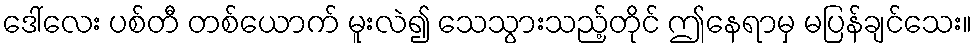
ဒေါ်လေး ပစ်တီ တစ်ယောက် မူးလဲ၍ သေသွားသည့်တိုင် ဤနေရာမှ မပြန်ချင်သေး။